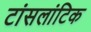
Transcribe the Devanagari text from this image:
टांसलांटिक